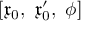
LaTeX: [ { \mathfrak { x } } _ { 0 } , \ { \mathfrak { x } } _ { 0 } ^ { \prime } , \ \phi ]